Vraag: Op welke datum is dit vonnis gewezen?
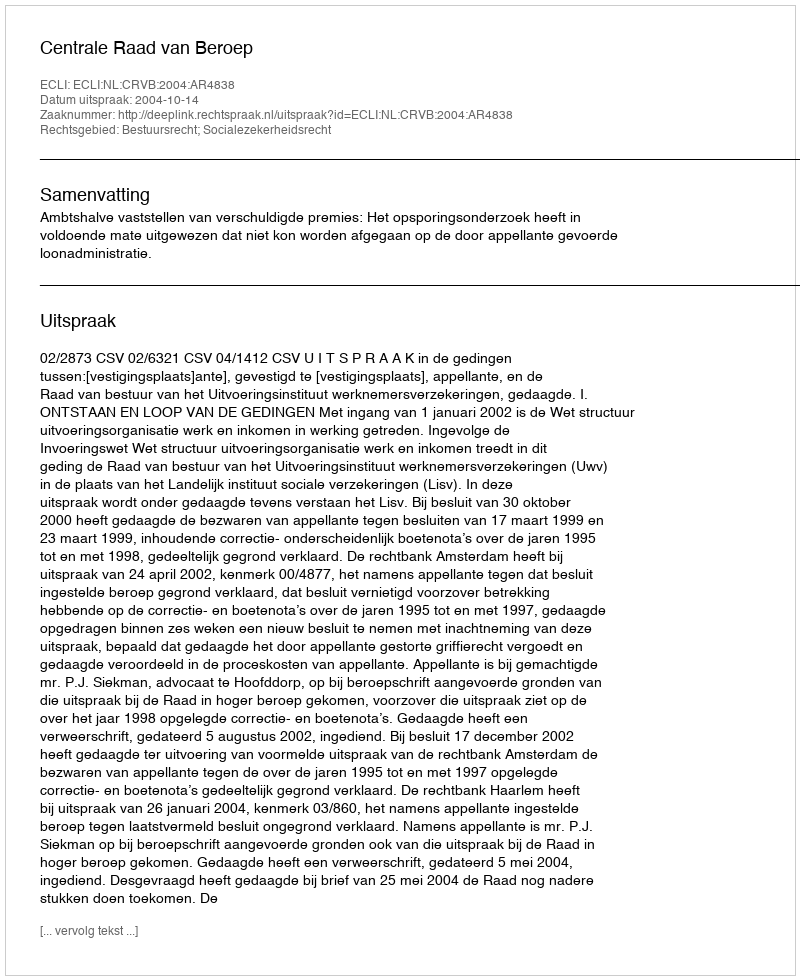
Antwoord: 2004-10-14